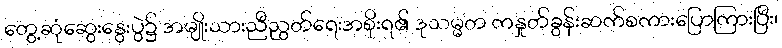
တွေ့ဆုံဆွေးနွေးပွဲ၌ အမျိုးသားညီညွတ်ရေးအစိုးရ၏ ဒုသမ္မတ ကနှုတ်ခွန်းဆက်စကားပြောကြားပြီး၊